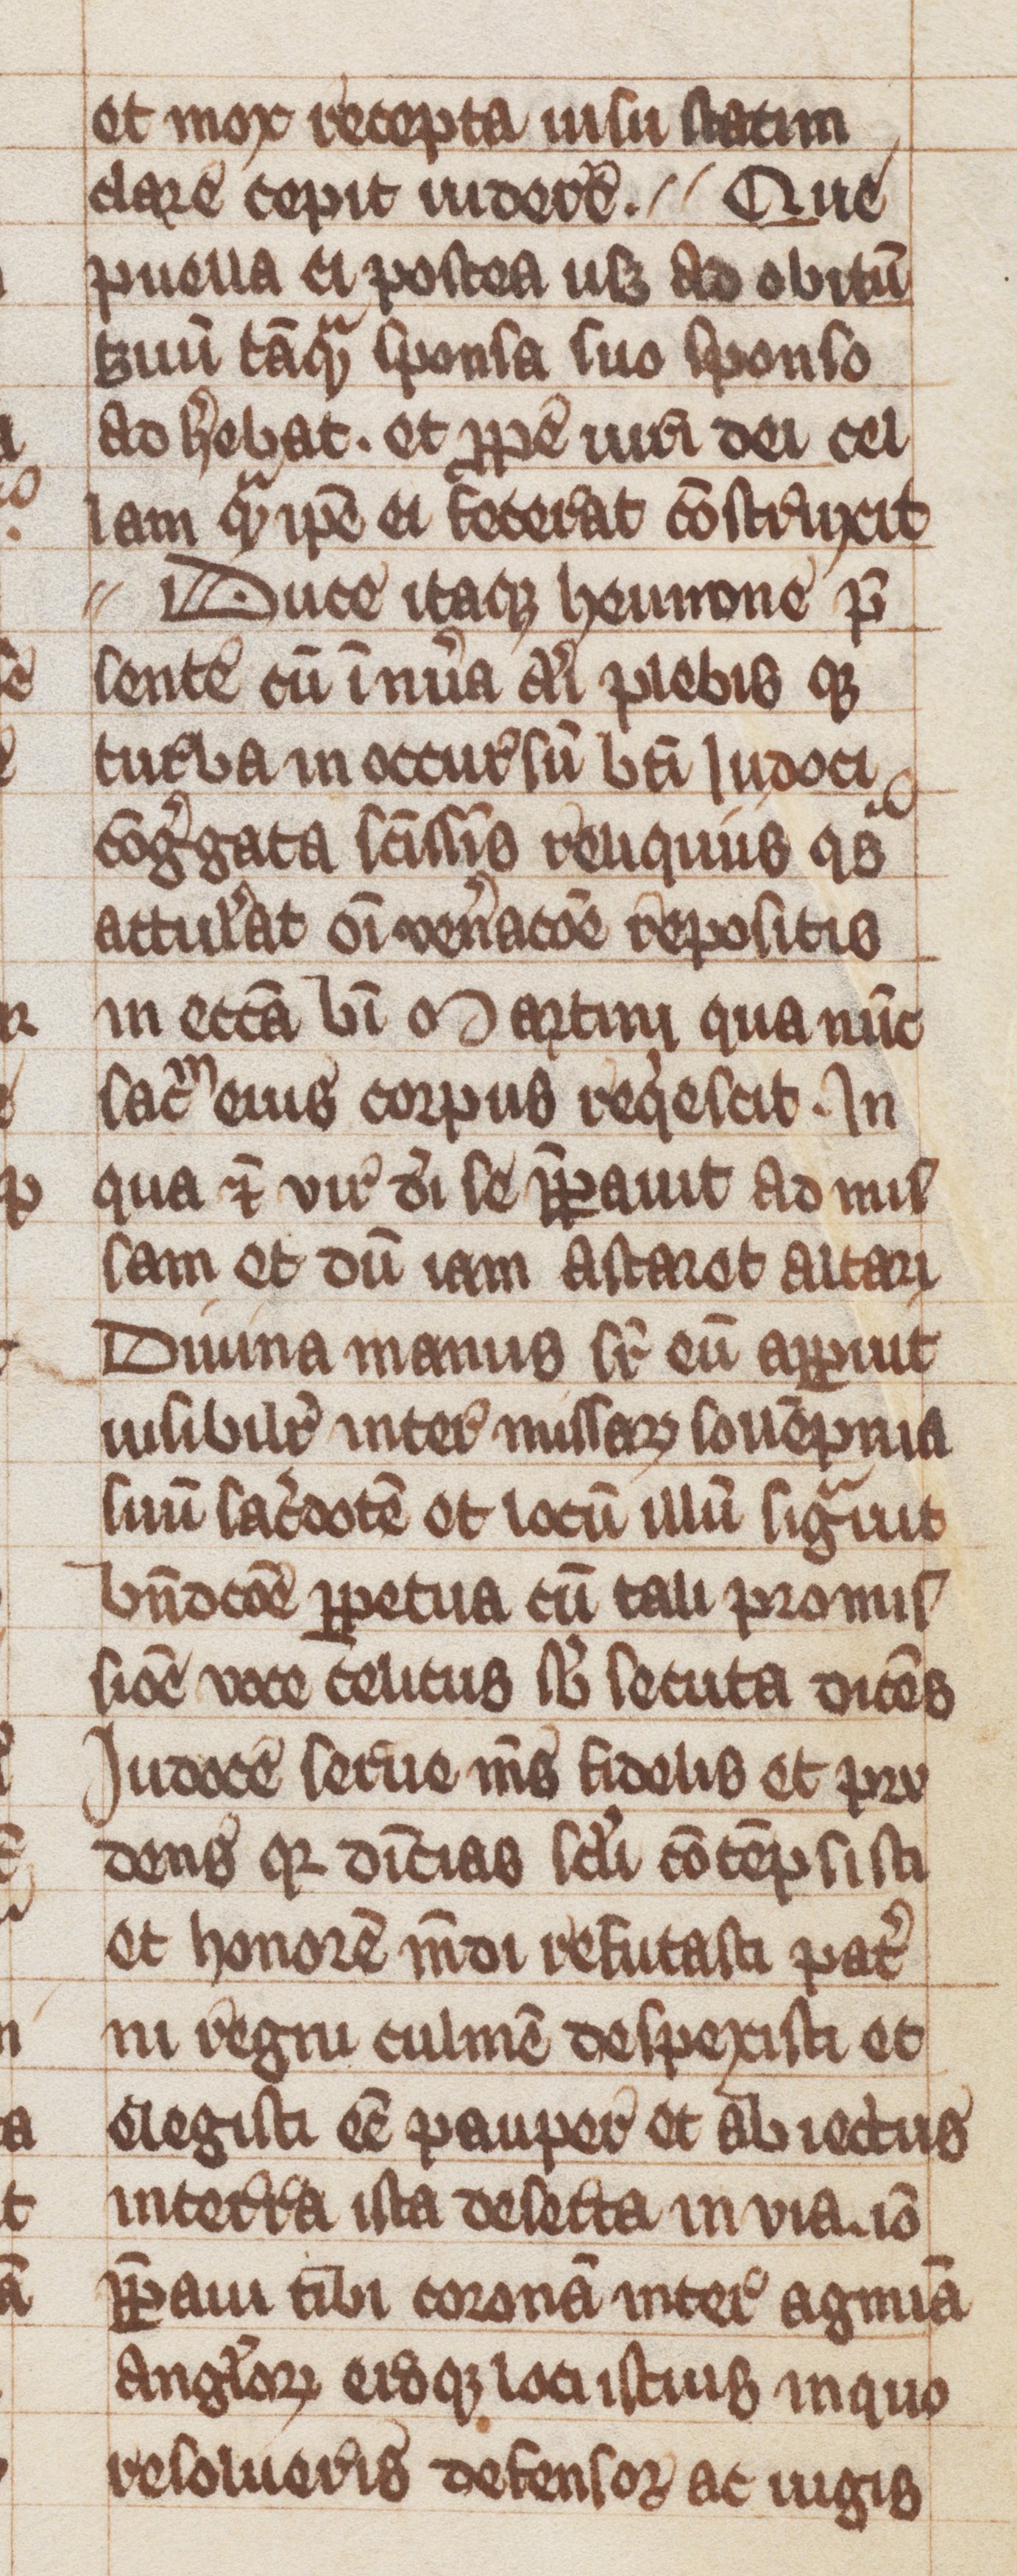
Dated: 1300–1399